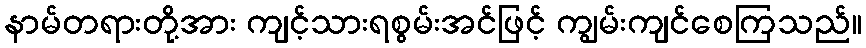
နာမ်တရားတို့အား ကျင့်သားရစွမ်းအင်ဖြင့် ကျွမ်းကျင်စေကြသည်။